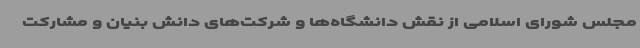
مجلس شورای اسلامی از نقش دانشگاه‌ها و شرکت‌های دانش بنیان و مشارکت